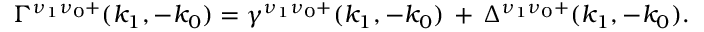
\Gamma ^ { \nu _ { 1 } \nu _ { 0 } + } ( k _ { 1 } , - k _ { 0 } ) = \gamma ^ { \nu _ { 1 } \nu _ { 0 } + } ( k _ { 1 } , - k _ { 0 } ) \, + \, \Delta ^ { \nu _ { 1 } \nu _ { 0 } + } ( k _ { 1 } , - k _ { 0 } ) .